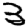
Digit: 3